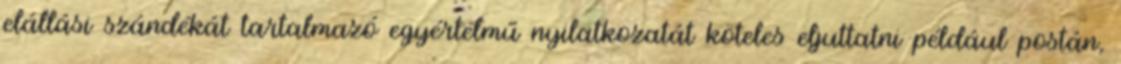
elállási szándékát tartalmazó egyértelmű nyilatkozatát köteles eljuttatni például postán,